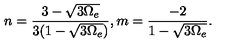
n = \frac { 3 - \sqrt { 3 \Omega _ { e } } } { 3 ( 1 - \sqrt { 3 \Omega _ { e } } ) } , m = \frac { - 2 } { 1 - \sqrt { 3 \Omega _ { e } } } .